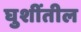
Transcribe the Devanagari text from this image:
घुशींतील